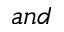
a n d